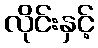
လိုင်းနှင့်